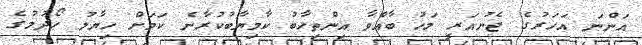
އަންނަ އަހަރުގެ ޖެނުއަރީ މަހު ބާއްވާ އިންތިހާބު ކާމިޔާބުކުރާނެ ކަމަށް ހިޔާލު ހޯދުމުގެ